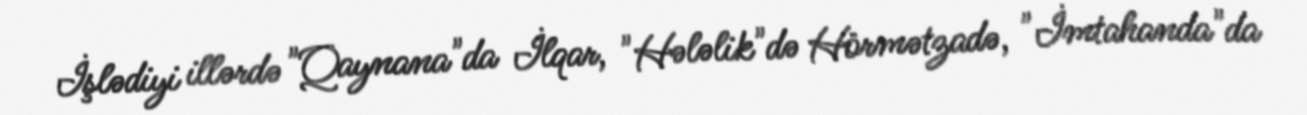
İşlədiyi illərdə "Qaynana"da İlqar, "Hələlik"də Hörmətzadə, "İmtahanda"da